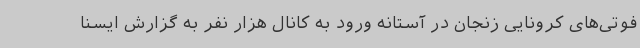
فوتی‌های کرونایی زنجان در آستانه ورود به کانال هزار نفر به گزارش ایسنا